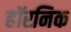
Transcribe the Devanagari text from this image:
हॉरनिक